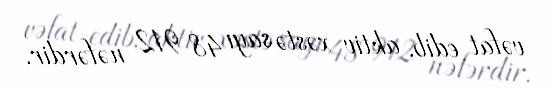
vəfat edib, aktiv xəstə sayı 48 912 nəfərdir.